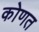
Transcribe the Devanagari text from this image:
कोणत